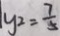
y ^ { 2 } = \frac { 7 } { 5 }